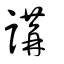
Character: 講